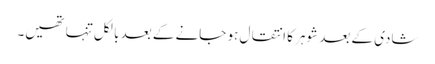
شادی کے بعد شوہر کا انتقال ہو جانے کے بعد بالکل تنہا تھیں۔